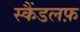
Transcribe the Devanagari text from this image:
स्कैंडलफ़